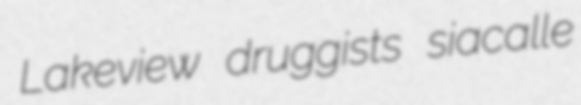
Lakeview druggists siacalle